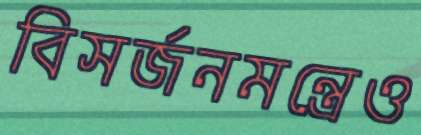
বিসর্জনমন্ত্রেও